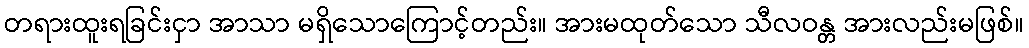
တရားထူးရခြင်းငှာ အာသာ မရှိသောကြောင့်တည်း။ အားမထုတ်သော သီလဝန္တ အားလည်းမဖြစ်။